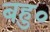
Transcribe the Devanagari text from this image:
बहु०